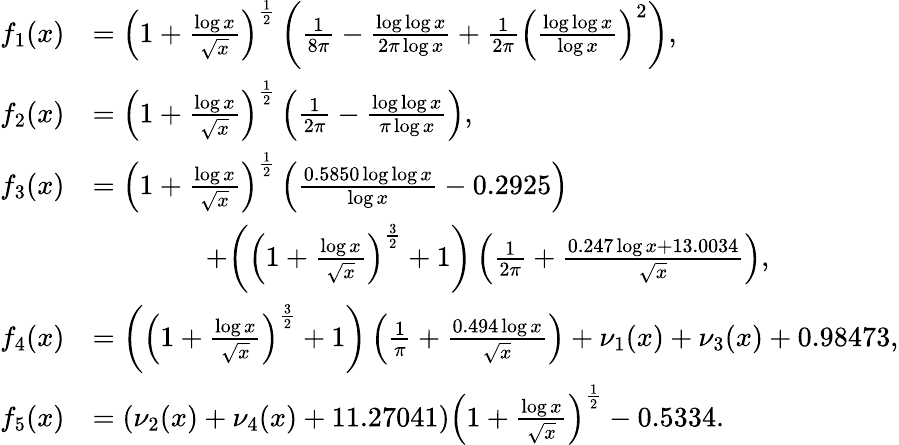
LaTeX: \begin{array}{rl}{f_{1}(x)}&{=\left(1+\frac{\log{x}}{\sqrt{x}}\right)^{\frac{1}{2}}\left(\frac{1}{8\pi}-\frac{\log\log{x}}{2\pi\log{x}}+\frac{1}{2\pi}\left(\frac{\log\log{x}}{\log{x}}\right)^{2}\right),}\\ {f_{2}(x)}&{=\left(1+\frac{\log{x}}{\sqrt{x}}\right)^{\frac{1}{2}}\left(\frac{1}{2\pi}-\frac{\log\log{x}}{\pi\log{x}}\right),}\\ {f_{3}(x)}&{=\left(1+\frac{\log{x}}{\sqrt{x}}\right)^{\frac{1}{2}}\left(\frac{0.5850\log\log{x}}{\log{x}}-0.2925\right)}\\ &{\qquad\qquad+\bigg(\left(1+\frac{\log{x}}{\sqrt{x}}\right)^{\frac{3}{2}}+1\bigg)\left(\frac{1}{2\pi}+\frac{0.247\log{x}+13.0034}{\sqrt{x}}\right),}\\ {f_{4}(x)}&{=\bigg(\left(1+\frac{\log{x}}{\sqrt{x}}\right)^{\frac{3}{2}}+1\bigg)\left(\frac{1}{\pi}+\frac{0.494\log{x}}{\sqrt{x}}\right)+\nu_{1}(x)+\nu_{3}(x)+0.98473,}\\ {f_{5}(x)}&{=(\nu_{2}(x)+\nu_{4}(x)+11.27041)\left(1+\frac{\log{x}}{\sqrt{x}}\right)^{\frac{1}{2}}-0.5334.}\end{array}